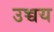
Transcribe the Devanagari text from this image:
उच्चय